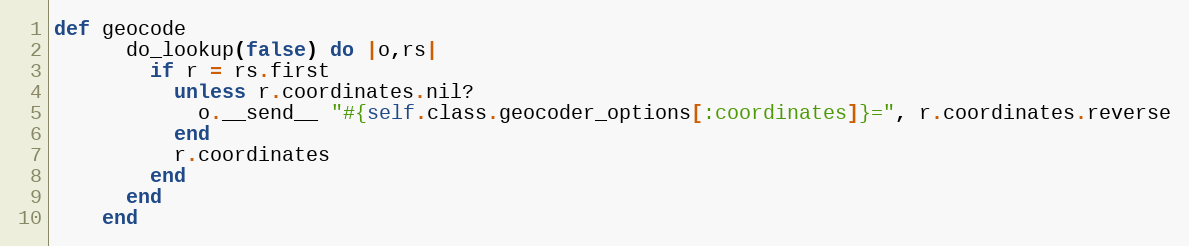
Language: Ruby
def geocode
      do_lookup(false) do |o,rs|
        if r = rs.first
          unless r.coordinates.nil?
            o.__send__ "#{self.class.geocoder_options[:coordinates]}=", r.coordinates.reverse
          end
          r.coordinates
        end
      end
    end